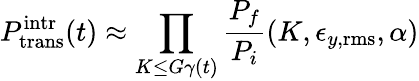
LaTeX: P_{\mathrm{trans}}^{\mathrm{intr}}(t)\approx\prod_{K\le G\gamma(t)}\frac{P_{f}}{P_{i}}(K,\epsilon_{y,\mathrm{rms}},\alpha)